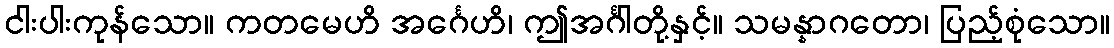
ငါးပါးကုန်သော။ ကတမေဟိ အင်္ဂေဟိ၊ ဤအင်္ဂါတို့နှင့်။ သမန္နာဂတော၊ ပြည့်စုံသော။